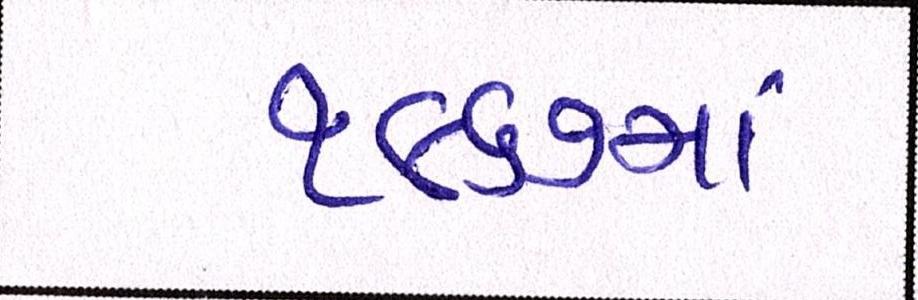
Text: ૧૯૬૭માં